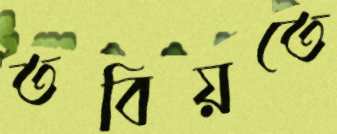
তবিয়তে